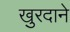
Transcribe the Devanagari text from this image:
खुरदाने